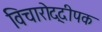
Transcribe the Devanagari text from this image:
विचारोद्दीपक